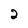
Character: 2